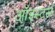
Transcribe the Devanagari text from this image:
ऑइस्टर्स